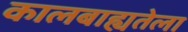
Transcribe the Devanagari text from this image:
कालबाह्यतेला